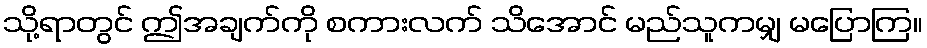
သို့ရာတွင် ဤအချက်ကို စကားလက် သိအောင် မည်သူကမျှ မပြောကြ။